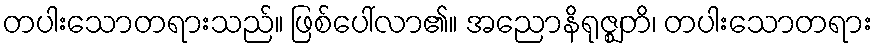
တပါးသောတရားသည်။ ဖြစ်ပေါ်လာ၏။ အညောနိရုဇ္ဈတိ၊ တပါးသောတရား